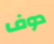
دوف